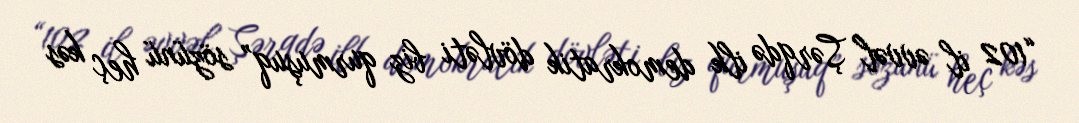
“102 il əvvəl Şərqdə ilk demokratik dövləti biz qurmuşuq” sözünü heç kəs